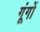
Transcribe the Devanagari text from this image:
गूंगों